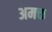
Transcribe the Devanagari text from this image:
अमक्त